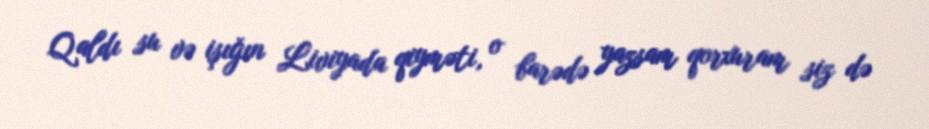
Qaldı su və işığın Liviyada qiyməti, o barədə yazsam qorxuram siz də